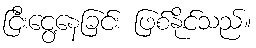
ငြီးငွေ့နေခြင်း ဖြစ်နိုင်သည်။